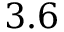
3 . 6